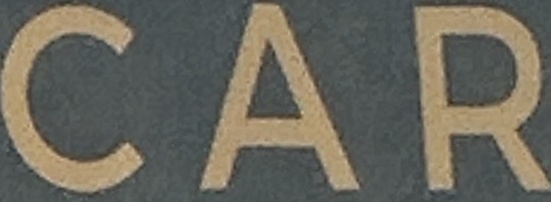
CAR